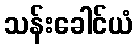
သန်းခေါင်ယံ